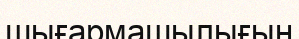
шығармашылығың